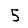
Digit: 5